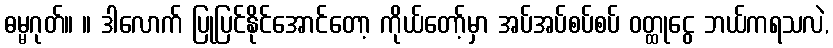
ဓမ္မဂုတ်။ ။ ဒါလောက် ပြုပြင်နိုင်အောင်တော့ ကိုယ်တော့်မှာ အပ်အပ်စပ်စပ် ဝတ္ထုငွေ ဘယ်ကရသလဲ,